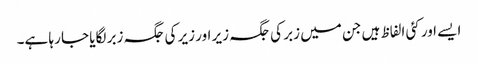
ایسے اور کئی الفاظ ہیں جن میں زبر کی جگہ زیر اور زیر کی جگہ زبر لگایا جا رہا ہے۔